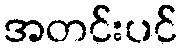
အတင်းပင်